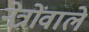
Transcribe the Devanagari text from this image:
नेत्रोंवाले